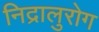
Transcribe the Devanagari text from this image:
निद्रालुरोग